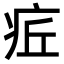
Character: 𤵢